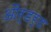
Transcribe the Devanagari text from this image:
और्डर्ड